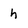
Character: h